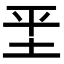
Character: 𡊞